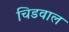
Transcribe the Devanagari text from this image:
चिडवाल